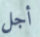
أجل